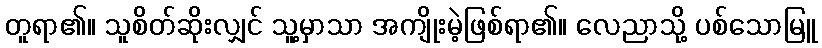
တူရာ၏။ သူစိတ်ဆိုးလျှင် သူ့မှာသာ အကျိုးမဲ့ဖြစ်ရာ၏။ လေညာသို့ ပစ်သောမြူ